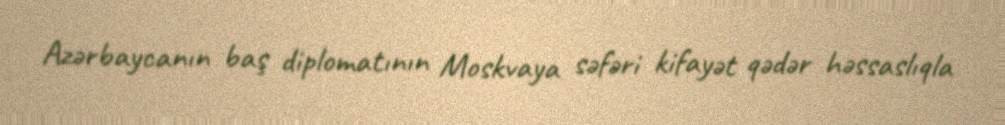
Azərbaycanın baş diplomatının Moskvaya səfəri kifayət qədər həssaslıqla